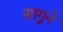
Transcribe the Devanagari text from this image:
सागुने